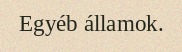
Egyéb államok.